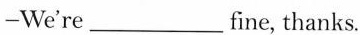
—We're___fine, thanks.